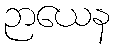
ဉာယေန